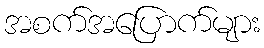
အစက်အပြောက်များ